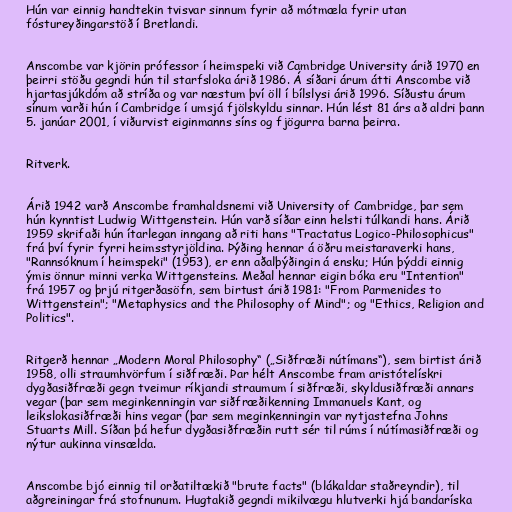
Hún var einnig handtekin tvisvar sinnum fyrir að mótmæla fyrir utan
fóstureyðingarstöð í Bretlandi.

Anscombe var kjörin prófessor í heimspeki við Cambridge University árið 1970 en
þeirri stöðu gegndi hún til starfsloka árið 1986. Á síðari árum átti Anscombe við
hjartasjúkdóm að stríða og var næstum því öll í bílslysi árið 1996. Síðustu árum
sínum varði hún í Cambridge í umsjá fjölskyldu sinnar. Hún lést 81 árs að aldri þann
5. janúar 2001, í viðurvist eiginmanns síns og fjögurra barna þeirra.

Ritverk.

Árið 1942 varð Anscombe framhaldsnemi við University of Cambridge, þar sem
hún kynntist Ludwig Wittgenstein. Hún varð síðar einn helsti túlkandi hans. Árið
1959 skrifaði hún ítarlegan inngang að riti hans "Tractatus Logico-Philosophicus"
frá því fyrir fyrri heimsstyrjöldina. Þýðing hennar á öðru meistaraverki hans,
"Rannsóknum í heimspeki" (1953), er enn aðalþýðingin á ensku; Hún þýddi einnig
ýmis önnur minni verka Wittgensteins. Meðal hennar eigin bóka eru "Intention"
frá 1957 og þrjú ritgerðasöfn, sem birtust árið 1981: "From Parmenides to
Wittgenstein"; "Metaphysics and the Philosophy of Mind"; og "Ethics, Religion and
Politics".

Ritgerð hennar „Modern Moral Philosophy“ („Siðfræði nútímans“), sem birtist árið
1958, olli straumhvörfum í siðfræði. Þar hélt Anscombe fram aristótelískri
dygðasiðfræði gegn tveimur ríkjandi straumum í siðfræði, skyldusiðfræði annars
vegar (þar sem meginkenningin var siðfræðikenning Immanuels Kant, og
leikslokasiðfræði hins vegar (þar sem meginkenningin var nytjastefna Johns
Stuarts Mill. Síðan þá hefur dygðasiðfræðin rutt sér til rúms í nútímasiðfræði og
nýtur aukinna vinsælda.

Anscombe bjó einnig til orðatiltækið "brute facts" (blákaldar staðreyndir), til
aðgreiningar frá stofnunum. Hugtakið gegndi mikilvægu hlutverki hjá bandaríska